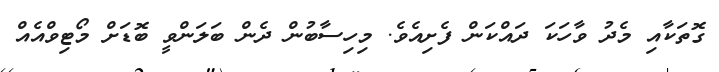
ގޮތަކާއި މެދު ވާހަކަ ދައްކަން ފެށިއެވެ. މިހިސާބުން ދެން ބަލަންވީ ބޮޑަށް މޯޓިވްއެއް